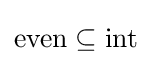
{\text{even}}\subseteq {\text{int}}